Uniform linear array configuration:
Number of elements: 24
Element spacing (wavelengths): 0.25
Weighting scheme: hann
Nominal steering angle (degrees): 30
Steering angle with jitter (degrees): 29.335
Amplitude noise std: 0.05
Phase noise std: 0.05

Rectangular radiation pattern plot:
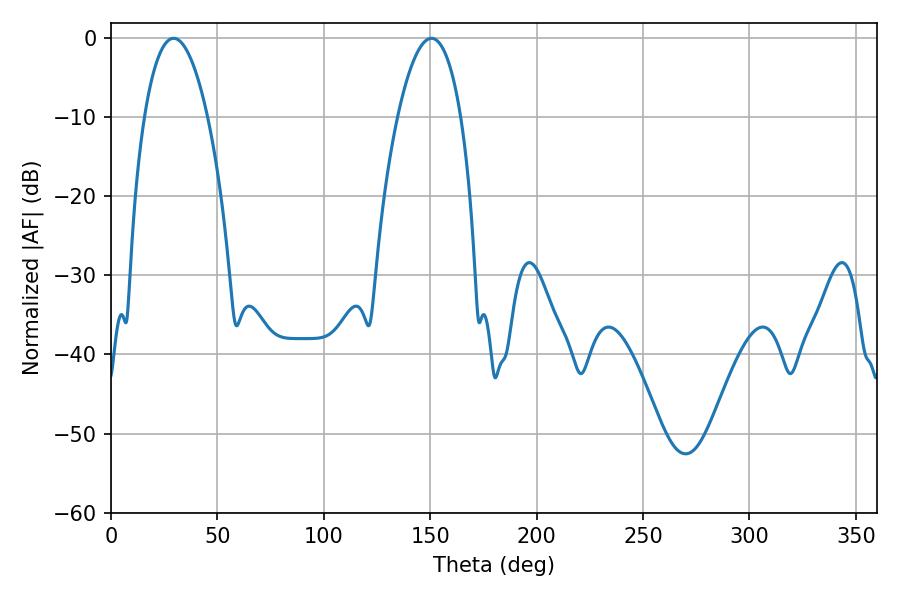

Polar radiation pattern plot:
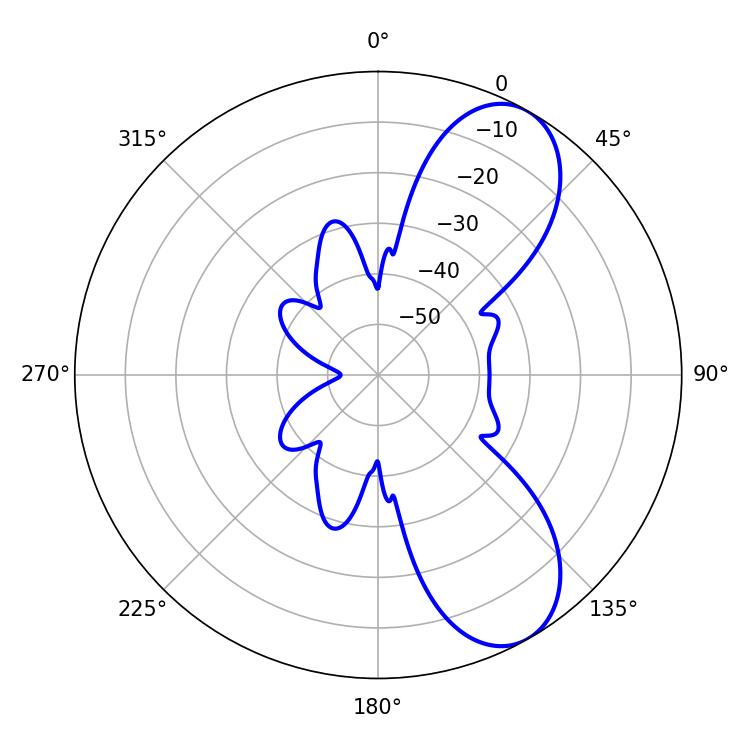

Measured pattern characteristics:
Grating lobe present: FALSE
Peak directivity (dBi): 8.164
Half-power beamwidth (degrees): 16.56
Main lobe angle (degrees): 29.34